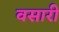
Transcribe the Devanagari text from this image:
वसारी